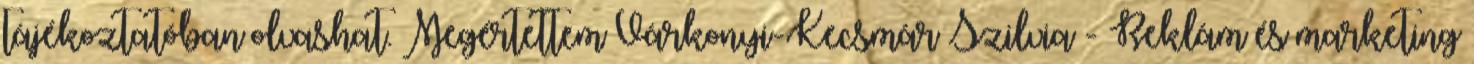
tájékoztatóban olvashat. Megértettem Várkonyi-Kecsmár Szilvia - Reklám és marketing